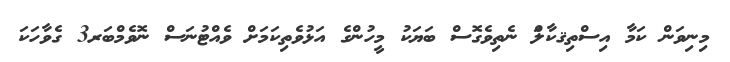
މިނިވަން ކަމާ އިސްތިޤކާލަް ނެތިވެގޮސް ބަޔަކު މީހުންގެ އަޅުވެތިކަމަށް ވެއްޓުނަސް ނޮވެމްބަރ3 ގެވާހަކަ